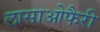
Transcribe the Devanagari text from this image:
लासाओफैरी